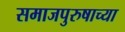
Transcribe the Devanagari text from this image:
समाजपुरुषाच्या